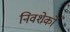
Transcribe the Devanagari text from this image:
निवशेकों